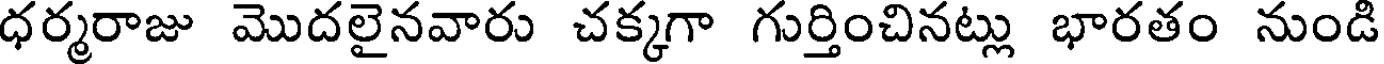
ధర్మరాజు మొదలైనవారు చక్కగా గుర్తించినట్లు భారతం నుండి